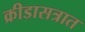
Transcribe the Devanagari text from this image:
क्रीडासत्रात